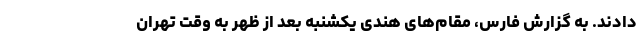
دادند. به گزارش فارس، مقام‌های هندی یکشنبه بعد از ظهر به وقت تهران